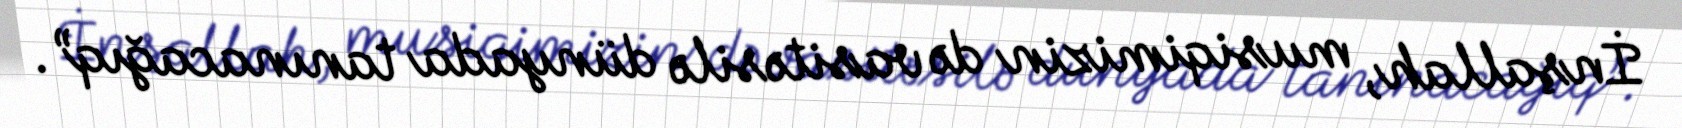
İnşallah, musiqimizin də vasitəsilə dünyada tanınacağıq”.